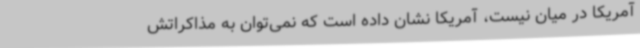
آمریکا در میان نیست، آمریکا نشان داده است که نمی‌توان به مذاکراتش